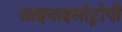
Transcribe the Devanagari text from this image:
आइनाइसोट्रोपी